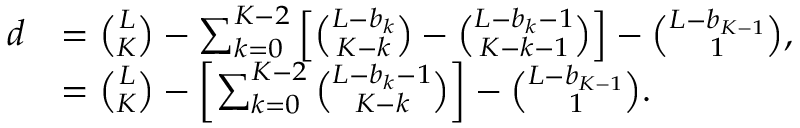
\begin{array} { r l } { d } & { = \binom { L } { K } - \sum _ { k = 0 } ^ { K - 2 } \left[ \binom { L - b _ { k } } { K - k } - \binom { L - b _ { k } - 1 } { K - k - 1 } \right] - \binom { L - b _ { K - 1 } } { 1 } , } \\ & { = \binom { L } { K } - \left[ \sum _ { k = 0 } ^ { K - 2 } \binom { L - b _ { k } - 1 } { K - k } \right] - \binom { L - b _ { K - 1 } } { 1 } . } \end{array}